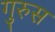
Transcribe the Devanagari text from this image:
गुरुस